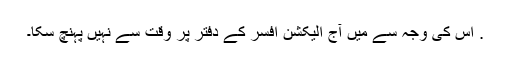
. اس کی وجہ سے میں آج الیکشن افسر کے دفتر پر وقت سے نہیں پہنچ سکا۔